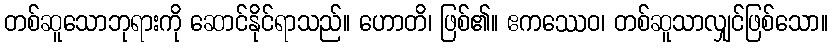
တစ်ဆူသောဘုရားကို ဆောင်နိုင်ရာသည်။ ဟောတိ၊ ဖြစ်၏။ ဧကဿေဝ၊ တစ်ဆူသာလျှင်ဖြစ်သော။